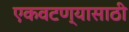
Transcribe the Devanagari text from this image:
एकवटण्यासाठी